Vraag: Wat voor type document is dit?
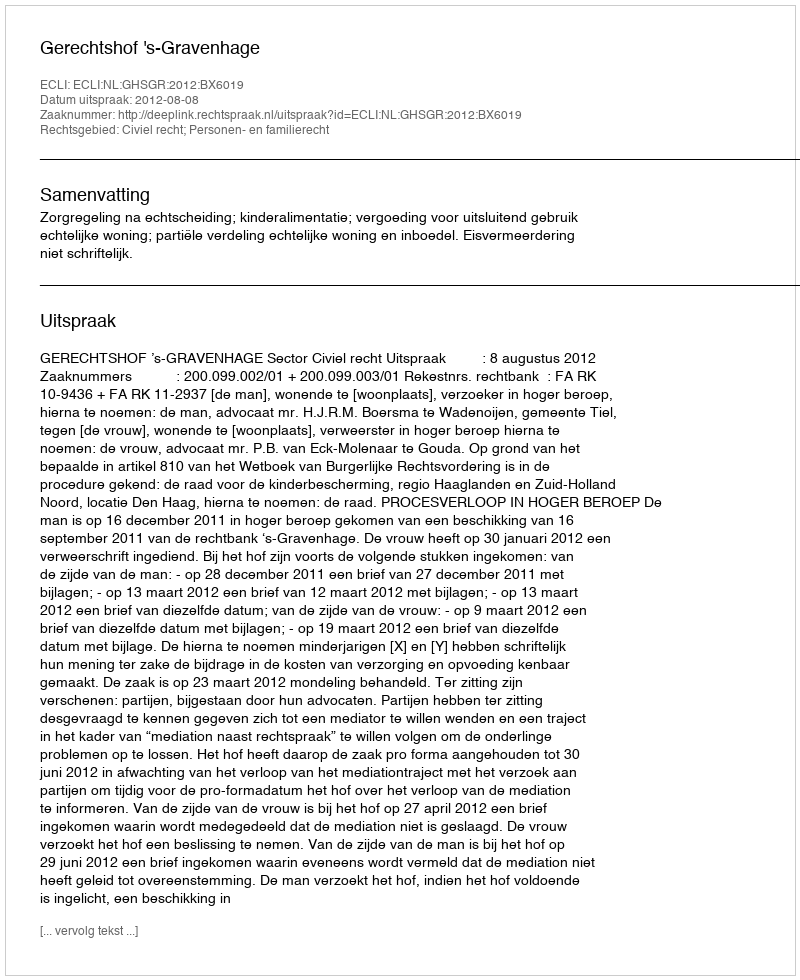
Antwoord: Uitspraak